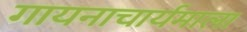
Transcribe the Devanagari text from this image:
गायनाचार्यमाला